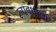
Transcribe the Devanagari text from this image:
रुपबंधाचा